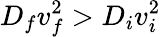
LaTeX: D_{f}v_{f}^{2}>D_{i}v_{i}^{2}